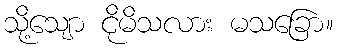
သို့သျော ငိုမိသလား မသခြော။